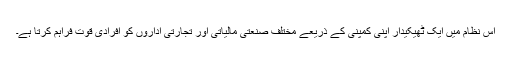
اس نظام میں ایک ٹھیکیدار اپنی کمپنی کے ذریعے مختلف صنعتی مالیاتی اور تجارتی اداروں کو افرادی قوت فراہم کرتا ہے۔